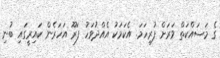
ގެ މަސައްކަތް ވަރަށް ފުރިހަމަ. އެކަމަކު އެއްދުވަހު ފަރޫ އަހަރެން ކައިރީގައި ބުނި